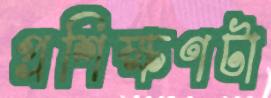
প্রশিক্ষণটা